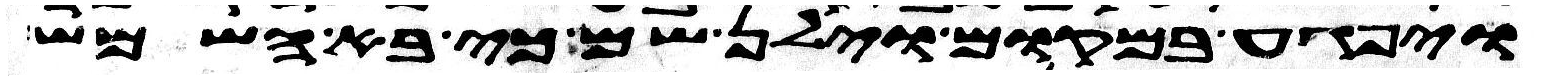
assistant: ויפגע במקום וילן שם כי בא השמש